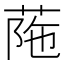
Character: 𦰜